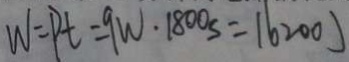
W = P t = 9 W \cdot 1 8 0 0 s = 1 6 2 0 0 J